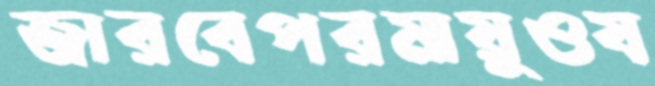
জারবেপরমায়ুওয